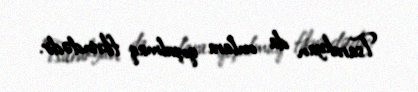
Tsarukyan da onlara qoşulmaq fikrindədir.